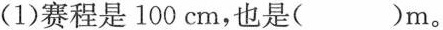
(1) 赛程是100cm，也是( )m。